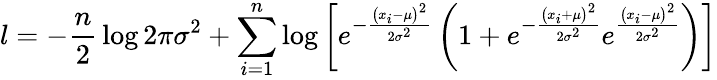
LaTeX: l=-{\frac{n}{2}}\log{2\pi\sigma^{2}}+\sum_{i=1}^{n}\log{\left[e^{-{\frac{\left(x_{i}-\mu\right)^{2}}{2\sigma^{2}}}}\left(1+e^{-{\frac{\left(x_{i}+\mu\right)^{2}}{2\sigma^{2}}}}e^{\frac{\left(x_{i}-\mu\right)^{2}}{2\sigma^{2}}}\right)\right]}